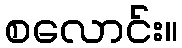
စလောင်း။